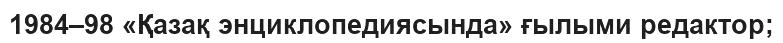
1984–98 «Қазақ энциклопедиясында» ғылыми редактор;